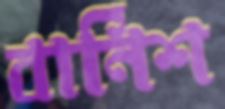
বার্নিশ